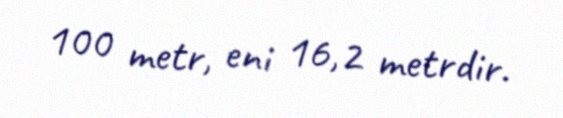
100 metr, eni 16,2 metrdir.